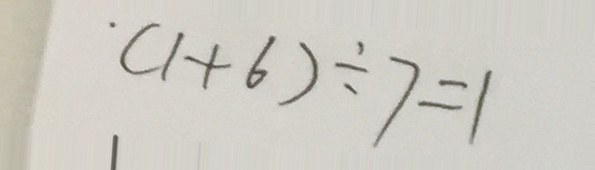
( 1 + 6 ) \div 7 = 1